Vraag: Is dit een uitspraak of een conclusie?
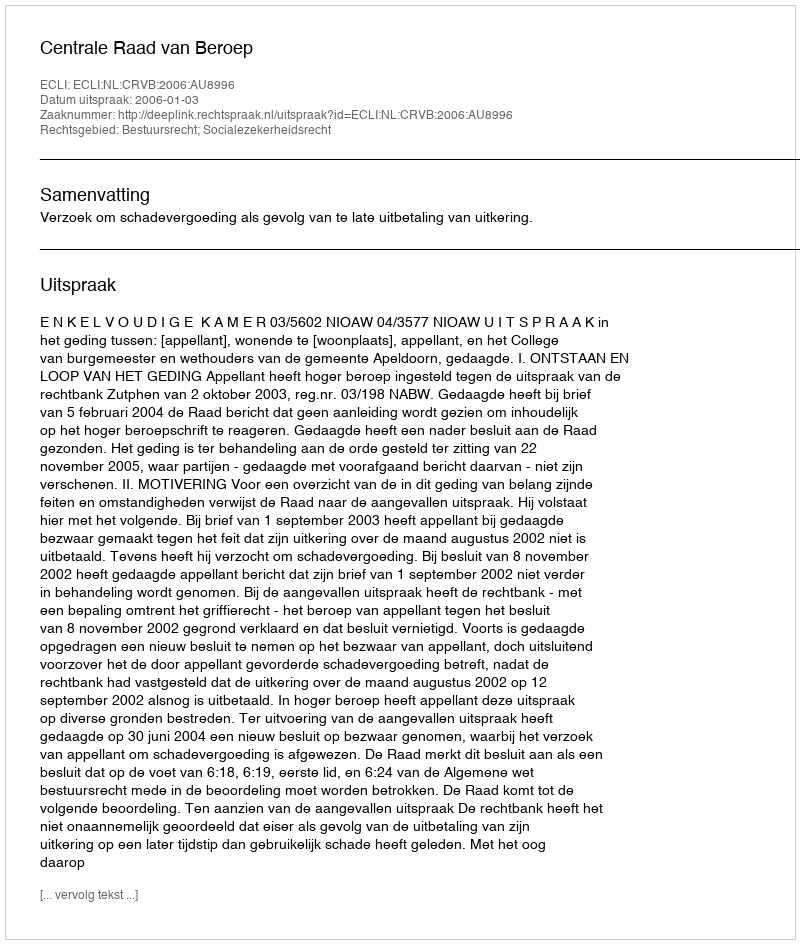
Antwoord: Uitspraak